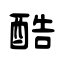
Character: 酷